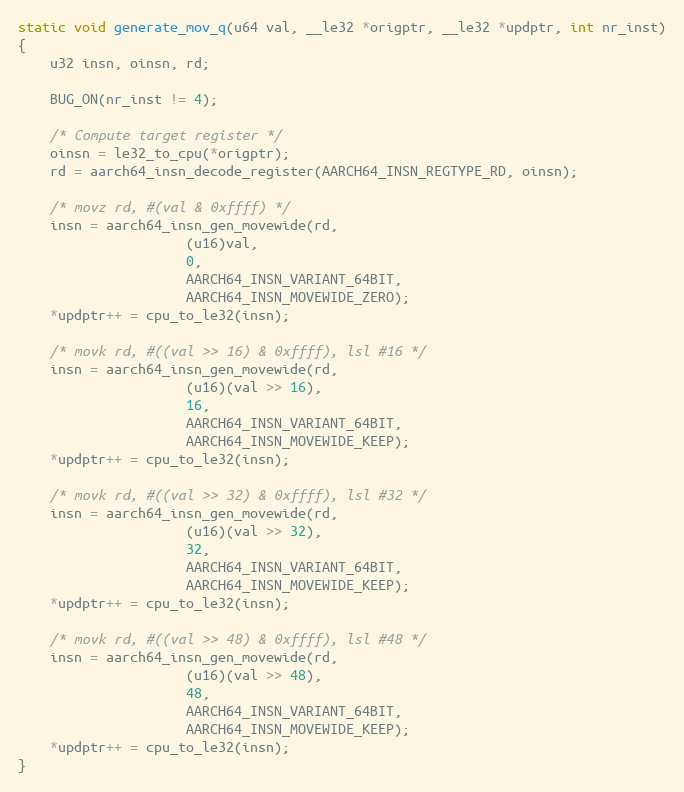
Language: C
static void generate_mov_q(u64 val, __le32 *origptr, __le32 *updptr, int nr_inst)
{
	u32 insn, oinsn, rd;

	BUG_ON(nr_inst != 4);

	/* Compute target register */
	oinsn = le32_to_cpu(*origptr);
	rd = aarch64_insn_decode_register(AARCH64_INSN_REGTYPE_RD, oinsn);

	/* movz rd, #(val & 0xffff) */
	insn = aarch64_insn_gen_movewide(rd,
					 (u16)val,
					 0,
					 AARCH64_INSN_VARIANT_64BIT,
					 AARCH64_INSN_MOVEWIDE_ZERO);
	*updptr++ = cpu_to_le32(insn);

	/* movk rd, #((val >> 16) & 0xffff), lsl #16 */
	insn = aarch64_insn_gen_movewide(rd,
					 (u16)(val >> 16),
					 16,
					 AARCH64_INSN_VARIANT_64BIT,
					 AARCH64_INSN_MOVEWIDE_KEEP);
	*updptr++ = cpu_to_le32(insn);

	/* movk rd, #((val >> 32) & 0xffff), lsl #32 */
	insn = aarch64_insn_gen_movewide(rd,
					 (u16)(val >> 32),
					 32,
					 AARCH64_INSN_VARIANT_64BIT,
					 AARCH64_INSN_MOVEWIDE_KEEP);
	*updptr++ = cpu_to_le32(insn);

	/* movk rd, #((val >> 48) & 0xffff), lsl #48 */
	insn = aarch64_insn_gen_movewide(rd,
					 (u16)(val >> 48),
					 48,
					 AARCH64_INSN_VARIANT_64BIT,
					 AARCH64_INSN_MOVEWIDE_KEEP);
	*updptr++ = cpu_to_le32(insn);
}